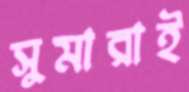
সুমারাই